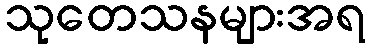
သုတေသနများအရ